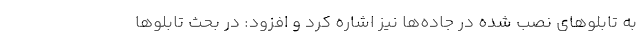
به تابلوهای نصب شده در جاده‌ها نیز اشاره کرد و افزود: در بحث تابلوها